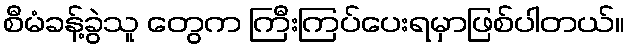
စီမံခန့်ခွဲသူ တွေက ကြီးကြပ်ပေးရမှာဖြစ်ပါတယ်။